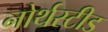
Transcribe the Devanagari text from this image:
नोर्थस्टीड